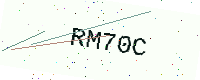
Text: RM70C